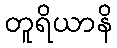
တူရိယာနိ